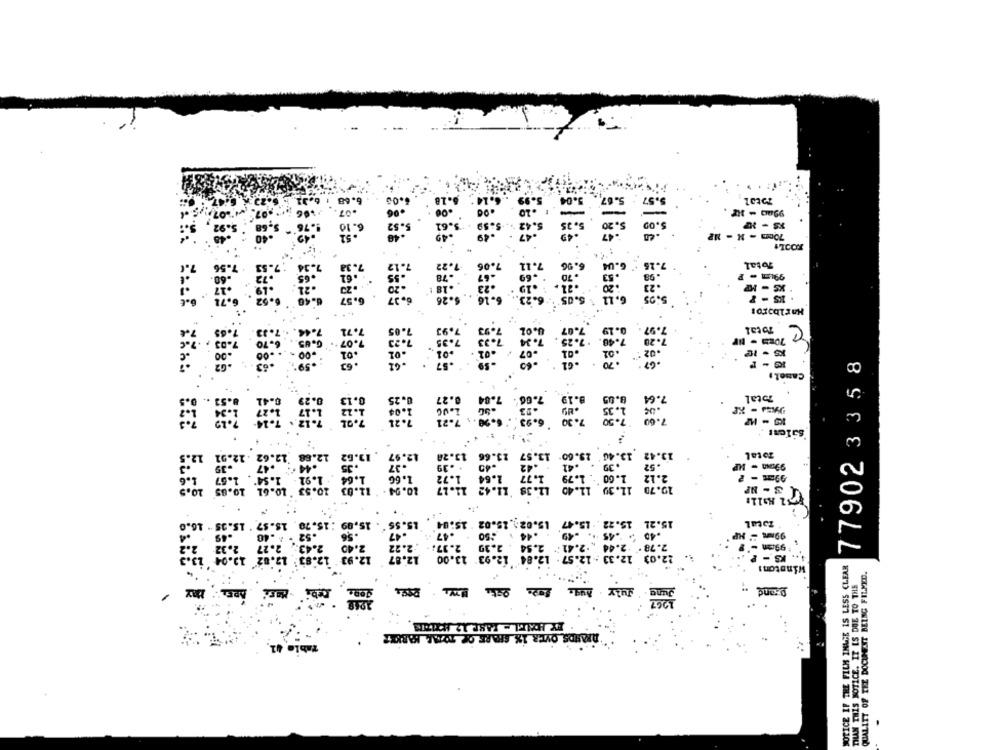
5.08
#TCO
Total
99um - 1
5: 9
- MP
15 - 1
Har1boros
BIG East
.97
Total
: 63
: 61
77902 3358
Caneta
Total
Total
99cm - MP
99m - ?
3 - HP
ELCE
16.0
33333333333
Total
99m - HP
99.27 -
KS - P
winstons
NOTICE IF THE FILM IMAGE IS LESS CLEAR
QUALITY OF TEZ DOCUMENT BEING FILMED.
-----
-- ---- -
Daand
THAN THIS NOTICE. IT IS DUE TO THE
ARVIDS OVER 1% SHARE OF TOTAL MARKET